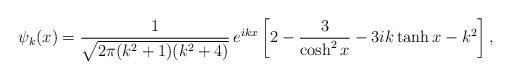
LaTeX: \begin{align*}\psi_{k} (x) = \frac{1}{\sqrt{2 \pi (k^{2}+1)(k^{2}+4)}} \, e^{ikx}\left[ 2-\frac{3}{\cosh^{2} x} - 3ik \tanh x - k^{2} \right],\end{align*}